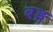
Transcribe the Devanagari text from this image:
बङ्ग